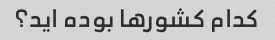
کدام کشورها بوده اید؟